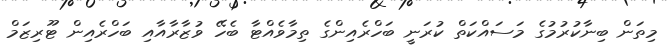
މިތަން ބިނާކުރުމުގެ މަސައްކަތް ކުރަނީ ބަހްރެއިންގެ ތިމާވެއްޓާ ބެހޭ ވުޒާރާއާއި ބަހްރެއިން ޓޫރިޒަމް